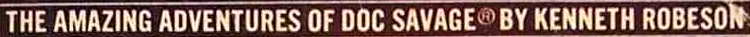
THE AMAZING ADVENTURES OF DOC SAVAGER BY KENNETH ROBESON